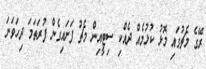
ރޭގެ މެޗުގައި މޮޅު ކުޅުމެއް ދެއްކި ސިޓީއިން މެޗު ފަށައިގެން ފުރަތަމަ ދިހަވަނަ